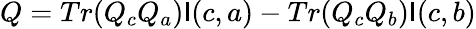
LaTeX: Q=Tr(Q_{c}Q_{a})\mathsf{I}(c,a)-Tr(Q_{c}Q_{b})\mathsf{I}(c,b)